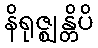
နိရုဇ္ဈန္တိပိ